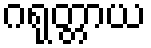
ဂရုတ္တာယ